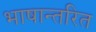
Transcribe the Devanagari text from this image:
भाषान्तरित